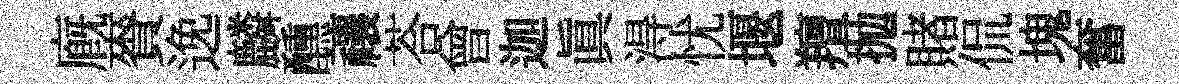
廐賚𨓜麟醺禳荅曾迦真淂忧堰羶抛賭侃塊奮